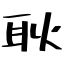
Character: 耿